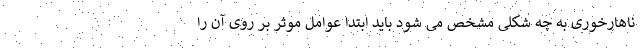
ناهارخوری به چه شکلی مشخص می شود باید ابتدا عوامل موثر بر روی آن را